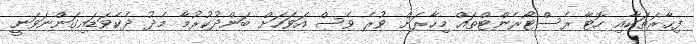
ފިހާރަތަކާއި ހޮޓާ ރެސްޓޯރެންޓްތައް މިހާރަށް ވުރެ ވެސް އަވަހަށް ބަންދުކުރުމާ މެދު ދެކެވަޑައިގަންނަވަނީ